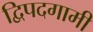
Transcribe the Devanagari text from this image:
द्विपदगामी